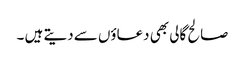
صالح گالی بھی دعاؤں سے دیتے ہیں ۔